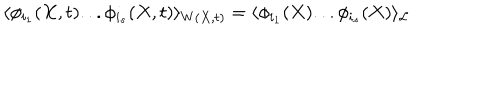
\langle \phi _ { i _ { 1 } } ( X , t ) . . . \phi _ { i _ { s } } ( X , t ) \rangle _ { W ( X , t ) } = \langle \phi _ { i _ { 1 } } ( X ) . . . \phi _ { i _ { s } } ( X ) \rangle _ { \cal L }